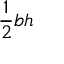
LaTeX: { \frac { 1 } { 2 } } b h \,